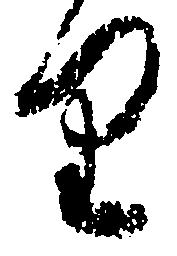
り